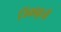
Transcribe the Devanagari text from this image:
जिंकाकूजी